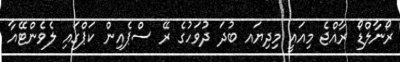
ރޯނާލްޑޯ ރާއްޖެ މިއައީ މިދިޔައ ބުދަ ދުވަހުގެ ރޭ ސްޕެއިން ކަޕްގައި ލެވެންޓޭއާ